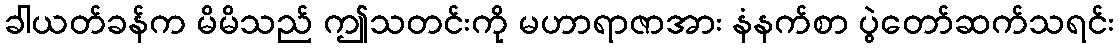
ခါယတ်ခန်က မိမိသည် ဤသတင်းကို မဟာရာဇာအား နံနက်စာ ပွဲတော်ဆက်သရင်း